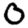
Digit: 0